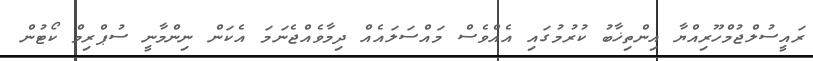
ރައީސުލްޖުމްހޫރިއްޔާ އިންތިޚާބު ކުރުމުގައި އެއްވެސް މައްސަލައެއް ދިމާވެއްޖެނަމަ އެކަން ނިންމާނީ ސުޕްރިމް ކޯޓުން